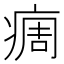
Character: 𬏳